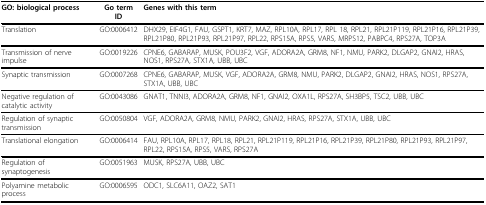
| GO: biological process | Go term ID | Genes with this term |
 | --- | --- | --- |
 | Translation | GO:0006412 | DHX29, EIF4G1, FAU, GSPT1, KRT7, MAZ, RPL10A, RPL17, RPL 18, RPL21, RPL21P119, RPL21P16, RPL21P39, RPL21P80, RPL21P93, RPL21P97, RPL22, RPS15A, RPS5, VARS, MRPS12, PABPC4, RPS27A, TOP3A |
 | Transmission of nerve impulse | GO:0019226 | CPNE6, GABARAP, MUSK, POU3F2, VGF, ADORA2A, GRM8, NF1, NMU, PARK2, DLGAP2, GNAI2, HRAS, NOS1, RPS27A, STX1A, UBB, UBC |
 | Synaptic transmission | GO:0007268 | CPNE6, GABARAP, MUSK, VGF, ADORA2A, GRM8, NMU, PARK2, DLGAP2, GNAI2, HRAS, NOS1, RPS27A, STX1A, UBB, UBC |
 | Negative regulation of catalytic activity | GO:0043086 | GNAT1, TNNI3, ADORA2A, GRM8, NF1, GNAI2, OXA1L, RPS27A, SH3BP5, TSC2, UBB, UBC |
 | Regulation of synaptic transmission | GO:0050804 | VGF, ADORA2A, GRM8, NMU, PARK2, GNAI2, HRAS, RPS27A, STX1A, UBB, UBC |
 | Translational elongation | GO:0006414 | FAU, RPL10A, RPL17, RPL18, RPL21, RPL21P119, RPL21P16, RPL21P39, RPL21P80, RPL21P93, RPL21P97, RPL22, RPS15A, RPS5, VARS, RPS27A |
 | Regulation of synaptogenesis | GO:0051963 | MUSK, RPS27A, UBB, UBC |
 | Polyamine metabolic process | GO:0006595 | ODC1, SLC6A11, OAZ2, SAT1 |